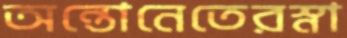
অন্তোনেতেরস্না